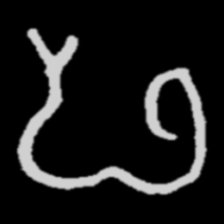
Pyu character \u2014 Myanmar letter: ဖ (romanized: pha)